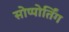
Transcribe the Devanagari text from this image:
सोप्पोर्तिंग